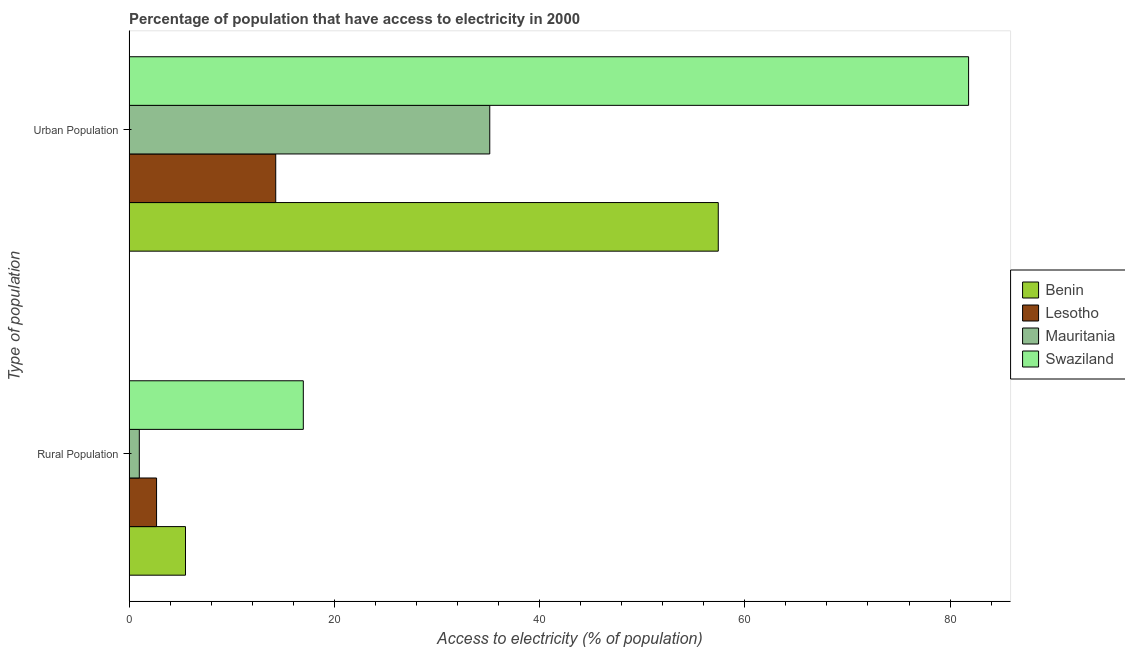
| Type of population | Benin | Lesotho | Mauritania | Swaziland |
 | --- | --- | --- | --- | --- |
 | Rural Population | 5.5 | 2.68 | 1 | 17 |
 | Urban Population | 57.4 | 14.3 | 35.1 | 81.8 |